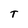
Character: T